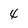
Character: 4